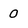
Character: 0